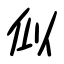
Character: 似